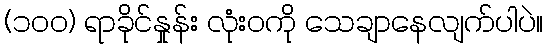
(၁၀၀) ရာခိုင်နှုန်း လုံးဝကို သေချာနေလျက်ပါပဲ။